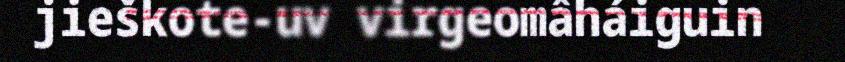
jieškote-uv virgeomâháiguin